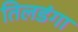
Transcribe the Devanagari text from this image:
तिलडंगा